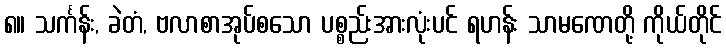
၈။ သင်္ကန်း, ခဲတံ, ဗလာစာအုပ်စသော ပစ္စည်းအားလုံးပင် ရဟန်း သာမဏေတို့ ကိုယ်တိုင်